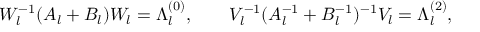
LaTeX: { \cal W } _ { l } ^ { - 1 } ( A _ { l } + B _ { l } ) { \cal W } _ { l } = \Lambda _ { l } ^ { ( 0 ) } , \qquad { \cal V } _ { l } ^ { - 1 } ( A _ { l } ^ { - 1 } + B _ { l } ^ { - 1 } ) ^ { - 1 } { \cal V } _ { l } = \Lambda _ { l } ^ { ( 2 ) } ,